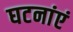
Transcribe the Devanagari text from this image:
घटनांएं